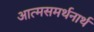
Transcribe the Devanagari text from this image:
आत्मसमर्थनार्थ